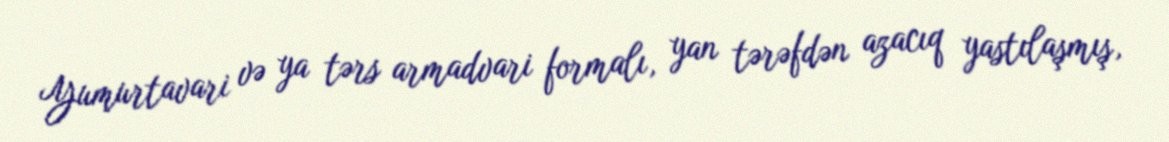
Yumurtavari və ya tərs armadvari formalı, yan tərəfdən azacıq yastılaşmış,